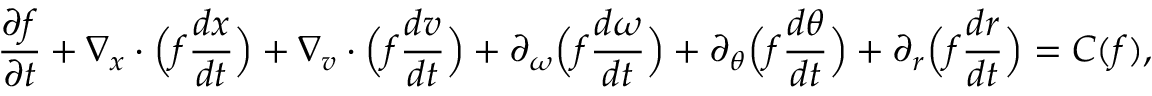
\frac { \partial f } { \partial t } + \nabla _ { \boldsymbol { x } } \cdot \Big ( f \frac { d \boldsymbol { x } } { d t } \Big ) + \nabla _ { \boldsymbol { v } } \cdot \Big ( f \frac { d \boldsymbol { v } } { d t } \Big ) + \partial _ { \omega } \Big ( f \frac { d \omega } { d t } \Big ) + \partial _ { \theta } \Big ( f \frac { d \theta } { d t } \Big ) + \partial _ { r } \Big ( f \frac { d r } { d t } \Big ) = C ( f ) ,